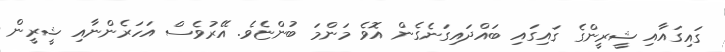
ގައިގައާއި ޝީރީންގެ ގައިގައި ބައްދައިގަނެގެން އޮވެ މަންމަ ބުންޏެވެ. އޭރުވެސް އަހަރެންނާއި ޝީރީން